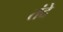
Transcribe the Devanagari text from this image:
तंदे